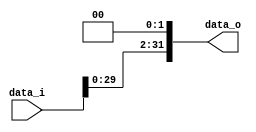
// 0410893

module Shift_Left_Two_32(
    data_i,
    data_o
);

//I/O ports                    
input  [32-1:0] data_i;
output [32-1:0] data_o;

wire   [32-1:0] data_o;
//shift left 2
assign data_o = {data_i[29:0], 2'b00};     
endmodule